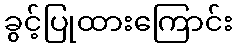
ခွင့်ပြုထားကြောင်း